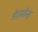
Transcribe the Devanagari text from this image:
ऑरमॉन्ड